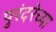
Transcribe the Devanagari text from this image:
पुरंदरेच्या